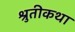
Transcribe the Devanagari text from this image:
श्रुतीकथा